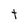
Character: t